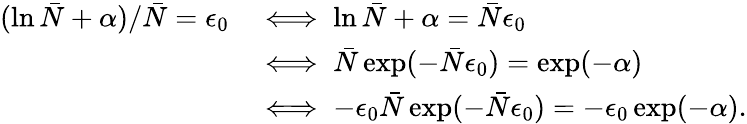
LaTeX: \begin{array}{rl}{(\ln\bar{N}+\alpha)/\bar{N}=\epsilon_{0}}&{\iff\ln\bar{N}+\alpha=\bar{N}\epsilon_{0}}\\ &{\iff\bar{N}\exp(-\bar{N}\epsilon_{0})=\exp(-\alpha)}\\ &{\iff-\epsilon_{0}\bar{N}\exp(-\bar{N}\epsilon_{0})=-\epsilon_{0}\exp(-\alpha).}\end{array}